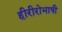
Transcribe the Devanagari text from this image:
हीरीरोभाषी